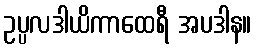
ဥပ္ပလဒါယိကာထေရီ အပဒါန။